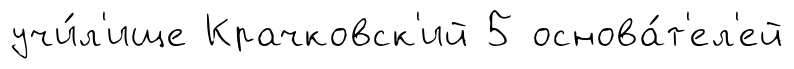
учи́л'ище Крачковск'ий 5 основа́т'ел'ей